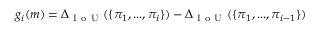
g _ { i } ( m ) = \Delta _ { \mathrm { ~ I ~ o ~ U ~ } } ( \{ \pi _ { 1 } , . . . , \pi _ { i } \} ) - \Delta _ { \mathrm { ~ I ~ o ~ U ~ } } ( \{ \pi _ { 1 } , . . . , \pi _ { i - 1 } \} )